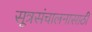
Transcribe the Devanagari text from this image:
सूत्रसंचालनासाठी